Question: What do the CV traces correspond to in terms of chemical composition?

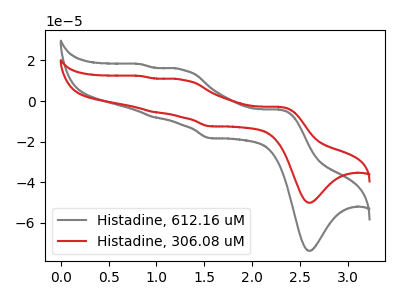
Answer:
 <answer>The gray curve is labeled "Histadine, 612.16 uM". The red curve is labeled "Histadine, 306.08 uM".</answer>
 <eval></eval>